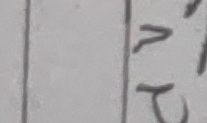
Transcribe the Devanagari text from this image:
र